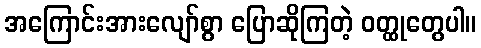
အကြောင်းအားလျော်စွာ ပြောဆိုကြတဲ့ ဝတ္ထုတွေပါ။